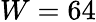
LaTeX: W=64